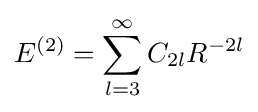
E^{(2)}=\sum _{l=3}^{\infty }C_{2l}R^{-2l}